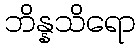
ဘိန္နသိရော